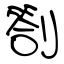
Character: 劄